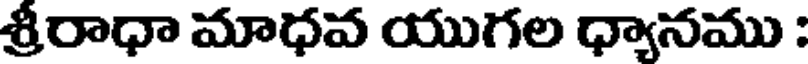
శ్రీరాధా మాధవ యుగల ధ్యానము :